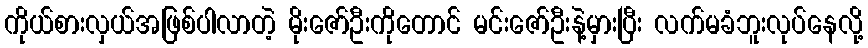
ကိုယ်စားလှယ်အဖြစ်ပါလာတဲ့ မိုးဇော်ဦးကိုတောင် မင်းဇော်ဦးနဲ့မှားပြီး လက်မခံဘူးလုပ်နေလို့